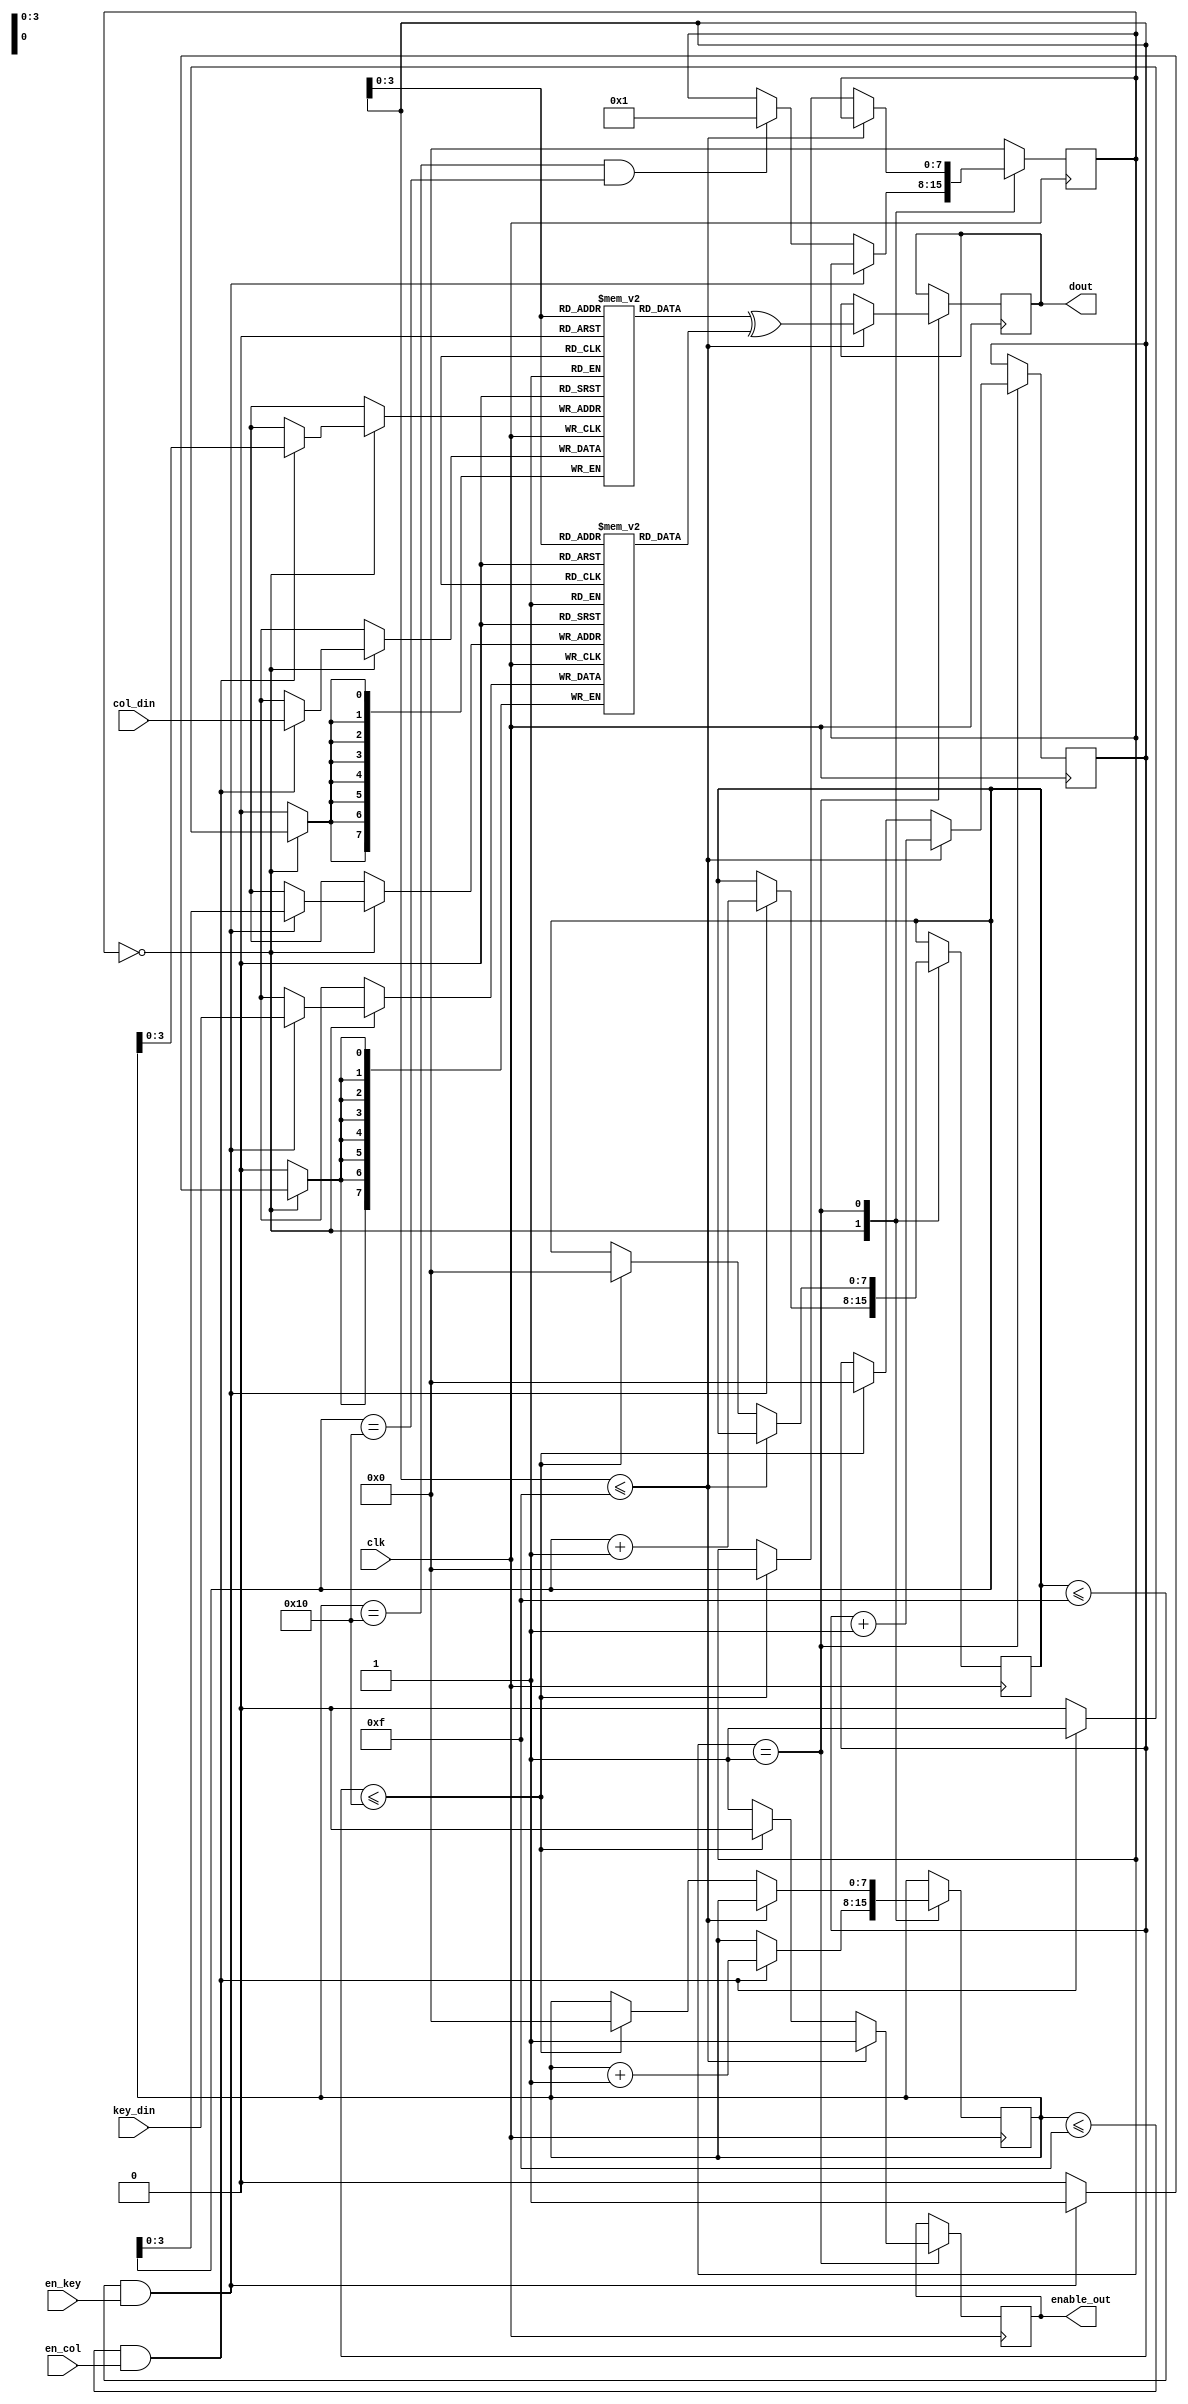
`timescale 1ns / 1ps
//////////////////////////////////////////////////////////////////////////////////
// Company: 
// Engineer: 
// 
// Design Name: 
// Module Name:    round1 
// Project Name: 
// Target Devices: 
// Tool versions: 
// Description: 
//
// Dependencies: 
//
// Revision: 
// Revision 0.01 - File Created
// Additional Comments: 
//
//////////////////////////////////////////////////////////////////////////////////
module round1(clk,col_din,key_din,en_col,en_key,dout,enable_out);
input clk,en_col,en_key;
input [7:0] col_din,key_din;
output reg [7:0] dout;
output enable_out;
reg enable_out =1'd0;
reg [7:0] col [0:15];
reg [7:0] key [0:15];
reg [7:0] state =8'd0;
reg[7:0] co =8'd0;
reg[7:0] ca =8'd0;
reg[7:0] cz =8'd0;
always@(posedge clk)begin
case(state)
8'd0:begin
     if(co<=8'd15 && en_col ==1'd1)begin
	     col[co]<= col_din;
		  co<= co+8'd1;
		  end
     if(ca <= 8'd15 && en_key == 1'd1)begin
	     key[ca]<= key_din;
		  ca <= ca+8'd1;
		  end 
else if (co==8'd16 && ca == 8'd16)begin
state <=8'd1;
end
end
8'd1:begin
enable_out<=1'd1;
if(cz <=8'd15)begin
dout <= col[cz] ^key[cz];
cz <= cz +8'd1;
end
else if(cz <= 8'd16)begin
enable_out<=1'd0;
state <= 8'd0;
cz<=8'd0;
ca<=8'd0;
co<=8'd0;

end
end

default : state <=8'd0;
endcase
end
endmodule